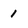
Character: 1